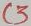
Text: C3